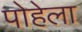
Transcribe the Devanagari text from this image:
पोहेला